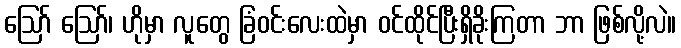
ဪ ဪ၊ ဟိုမှာ လူတွေ ခြံဝင်းလေးထဲမှာ ဝင်ထိုင်ပြီးရှိခိုးကြတာ ဘာ ဖြစ်လို့လဲ။